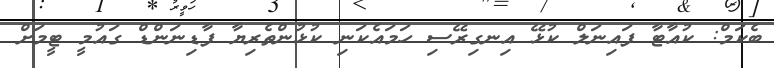
ބެކަމް: ކުއާޓާ ފައިނަލް ކުޅޭ އިނގިރޭސި ހަމައެކަނި ކުޅުންތެރިޔާ ފާޑިނަންޑް ގައުމީ ޓީމަށް